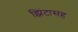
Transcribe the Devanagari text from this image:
झिंटासह